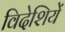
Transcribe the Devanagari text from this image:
विदेशियें